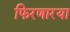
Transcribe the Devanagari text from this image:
फिरणारया